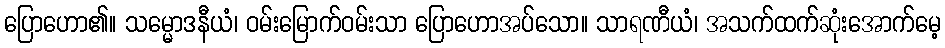
ပြောဟော၏။ သမ္မောဒနီယံ၊ ဝမ်းမြောက်ဝမ်းသာ ပြောဟောအပ်သော။ သာရဏီယံ၊ အသက်ထက်ဆုံးအောက်မေ့